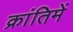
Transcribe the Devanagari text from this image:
क्रांतिमें